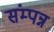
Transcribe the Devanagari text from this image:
संम्पन्न